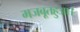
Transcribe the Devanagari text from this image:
मजबूतहुआ।